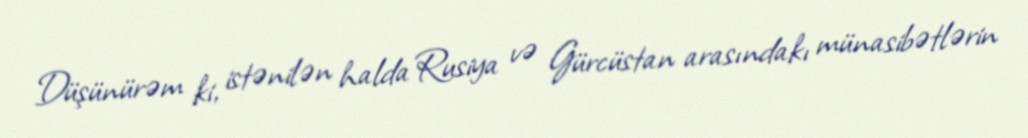
Düşünürəm ki, istənilən halda Rusiya və Gürcüstan arasındakı münasibətlərin